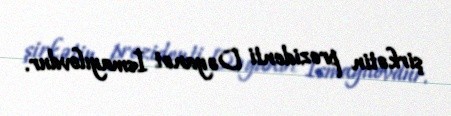
şirkətin prezidenti Dəyanət İsmayılovdur.